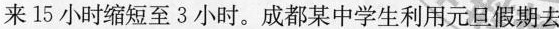
来15小时缩短至3小时。成都某中学生利用元旦假期去